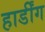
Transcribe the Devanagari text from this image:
हार्डींग